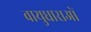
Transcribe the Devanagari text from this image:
वायुधाराओं